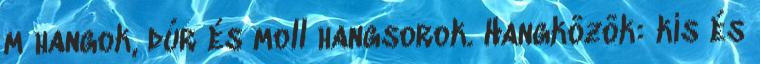
m hangok, dúr és moll hangsorok. Hangközök: kis és